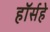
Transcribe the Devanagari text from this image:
हॉर्सहे